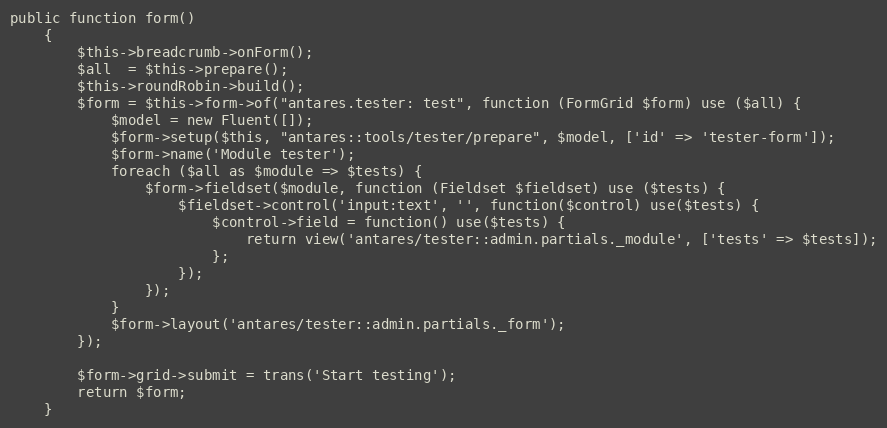
Language: PHP
public function form()
    {
        $this->breadcrumb->onForm();
        $all  = $this->prepare();
        $this->roundRobin->build();
        $form = $this->form->of("antares.tester: test", function (FormGrid $form) use ($all) {
            $model = new Fluent([]);
            $form->setup($this, "antares::tools/tester/prepare", $model, ['id' => 'tester-form']);
            $form->name('Module tester');
            foreach ($all as $module => $tests) {
                $form->fieldset($module, function (Fieldset $fieldset) use ($tests) {
                    $fieldset->control('input:text', '', function($control) use($tests) {
                        $control->field = function() use($tests) {
                            return view('antares/tester::admin.partials._module', ['tests' => $tests]);
                        };
                    });
                });
            }
            $form->layout('antares/tester::admin.partials._form');
        });

        $form->grid->submit = trans('Start testing');
        return $form;
    }